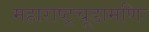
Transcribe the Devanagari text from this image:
महाराष्ट्रचूडामणिः